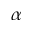
\alpha